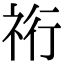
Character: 𮁴